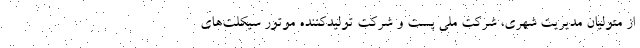
از متولیان مدیریت شهری، شرکت ملی پست و شرکت تولیدکننده موتور سیکلت‌های